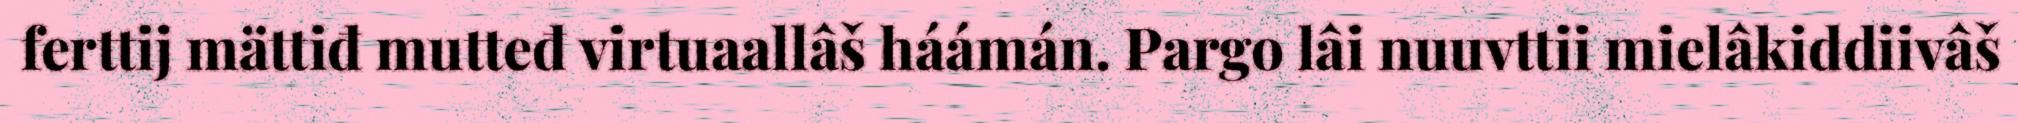
ferttij mättiđ mutteđ virtuaallâš háámán. Pargo lâi nuuvttii mielâkiddiivâš